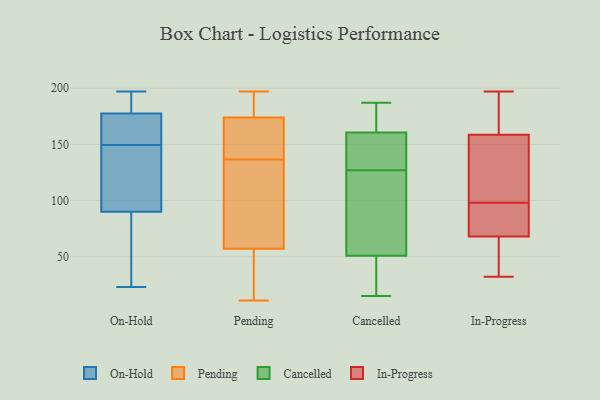
{"axis": {"x": "Market Share (%)", "y": "Value"}, "legend": ["Cancelled", "In-Progress", "On-Hold", "Pending"], "data": [{"x": "", "y": 173, "type": "On-Hold"}, {"x": "", "y": 95, "type": "On-Hold"}, {"x": "", "y": 160, "type": "On-Hold"}, {"x": "", "y": 174, "type": "On-Hold"}, {"x": "", "y": 178, "type": "On-Hold"}, {"x": "", "y": 64, "type": "On-Hold"}, {"x": "", "y": 197, "type": "On-Hold"}, {"x": "", "y": 23, "type": "On-Hold"}, {"x": "", "y": 177, "type": "On-Hold"}, {"x": "", "y": 189, "type": "On-Hold"}, {"x": "", "y": 100, "type": "On-Hold"}, {"x": "", "y": 85, "type": "On-Hold"}, {"x": "", "y": 39, "type": "On-Hold"}, {"x": "", "y": 193, "type": "On-Hold"}, {"x": "", "y": 109, "type": "On-Hold"}, {"x": "", "y": 139, "type": "On-Hold"}, {"x": "", "y": 197, "type": "Pending"}, {"x": "", "y": 11, "type": "Pending"}, {"x": "", "y": 146, "type": "Pending"}, {"x": "", "y": 175, "type": "Pending"}, {"x": "", "y": 152, "type": "Pending"}, {"x": "", "y": 159, "type": "Pending"}, {"x": "", "y": 189, "type": "Pending"}, {"x": "", "y": 51, "type": "Pending"}, {"x": "", "y": 85, "type": "Pending"}, {"x": "", "y": 181, "type": "Pending"}, {"x": "", "y": 23, "type": "Pending"}, {"x": "", "y": 148, "type": "Pending"}, {"x": "", "y": 39, "type": "Pending"}, {"x": "", "y": 68, "type": "Pending"}, {"x": "", "y": 57, "type": "Pending"}, {"x": "", "y": 127, "type": "Pending"}, {"x": "", "y": 174, "type": "Pending"}, {"x": "", "y": 59, "type": "Pending"}, {"x": "", "y": 38, "type": "Cancelled"}, {"x": "", "y": 180, "type": "Cancelled"}, {"x": "", "y": 74, "type": "Cancelled"}, {"x": "", "y": 154, "type": "Cancelled"}, {"x": "", "y": 156, "type": "Cancelled"}, {"x": "", "y": 186, "type": "Cancelled"}, {"x": "", "y": 170, "type": "Cancelled"}, {"x": "", "y": 19, "type": "Cancelled"}, {"x": "", "y": 162, "type": "Cancelled"}, {"x": "", "y": 32, "type": "Cancelled"}, {"x": "", "y": 121, "type": "Cancelled"}, {"x": "", "y": 105, "type": "Cancelled"}, {"x": "", "y": 187, "type": "Cancelled"}, {"x": "", "y": 92, "type": "Cancelled"}, {"x": "", "y": 15, "type": "Cancelled"}, {"x": "", "y": 152, "type": "Cancelled"}, {"x": "", "y": 43, "type": "Cancelled"}, {"x": "", "y": 148, "type": "Cancelled"}, {"x": "", "y": 127, "type": "Cancelled"}, {"x": "", "y": 94, "type": "In-Progress"}, {"x": "", "y": 169, "type": "In-Progress"}, {"x": "", "y": 90, "type": "In-Progress"}, {"x": "", "y": 32, "type": "In-Progress"}, {"x": "", "y": 51, "type": "In-Progress"}, {"x": "", "y": 98, "type": "In-Progress"}, {"x": "", "y": 79, "type": "In-Progress"}, {"x": "", "y": 132, "type": "In-Progress"}, {"x": "", "y": 65, "type": "In-Progress"}, {"x": "", "y": 115, "type": "In-Progress"}, {"x": "", "y": 62, "type": "In-Progress"}, {"x": "", "y": 197, "type": "In-Progress"}, {"x": "", "y": 69, "type": "In-Progress"}, {"x": "", "y": 129, "type": "In-Progress"}, {"x": "", "y": 178, "type": "In-Progress"}, {"x": "", "y": 197, "type": "In-Progress"}, {"x": "", "y": 155, "type": "In-Progress"}]}